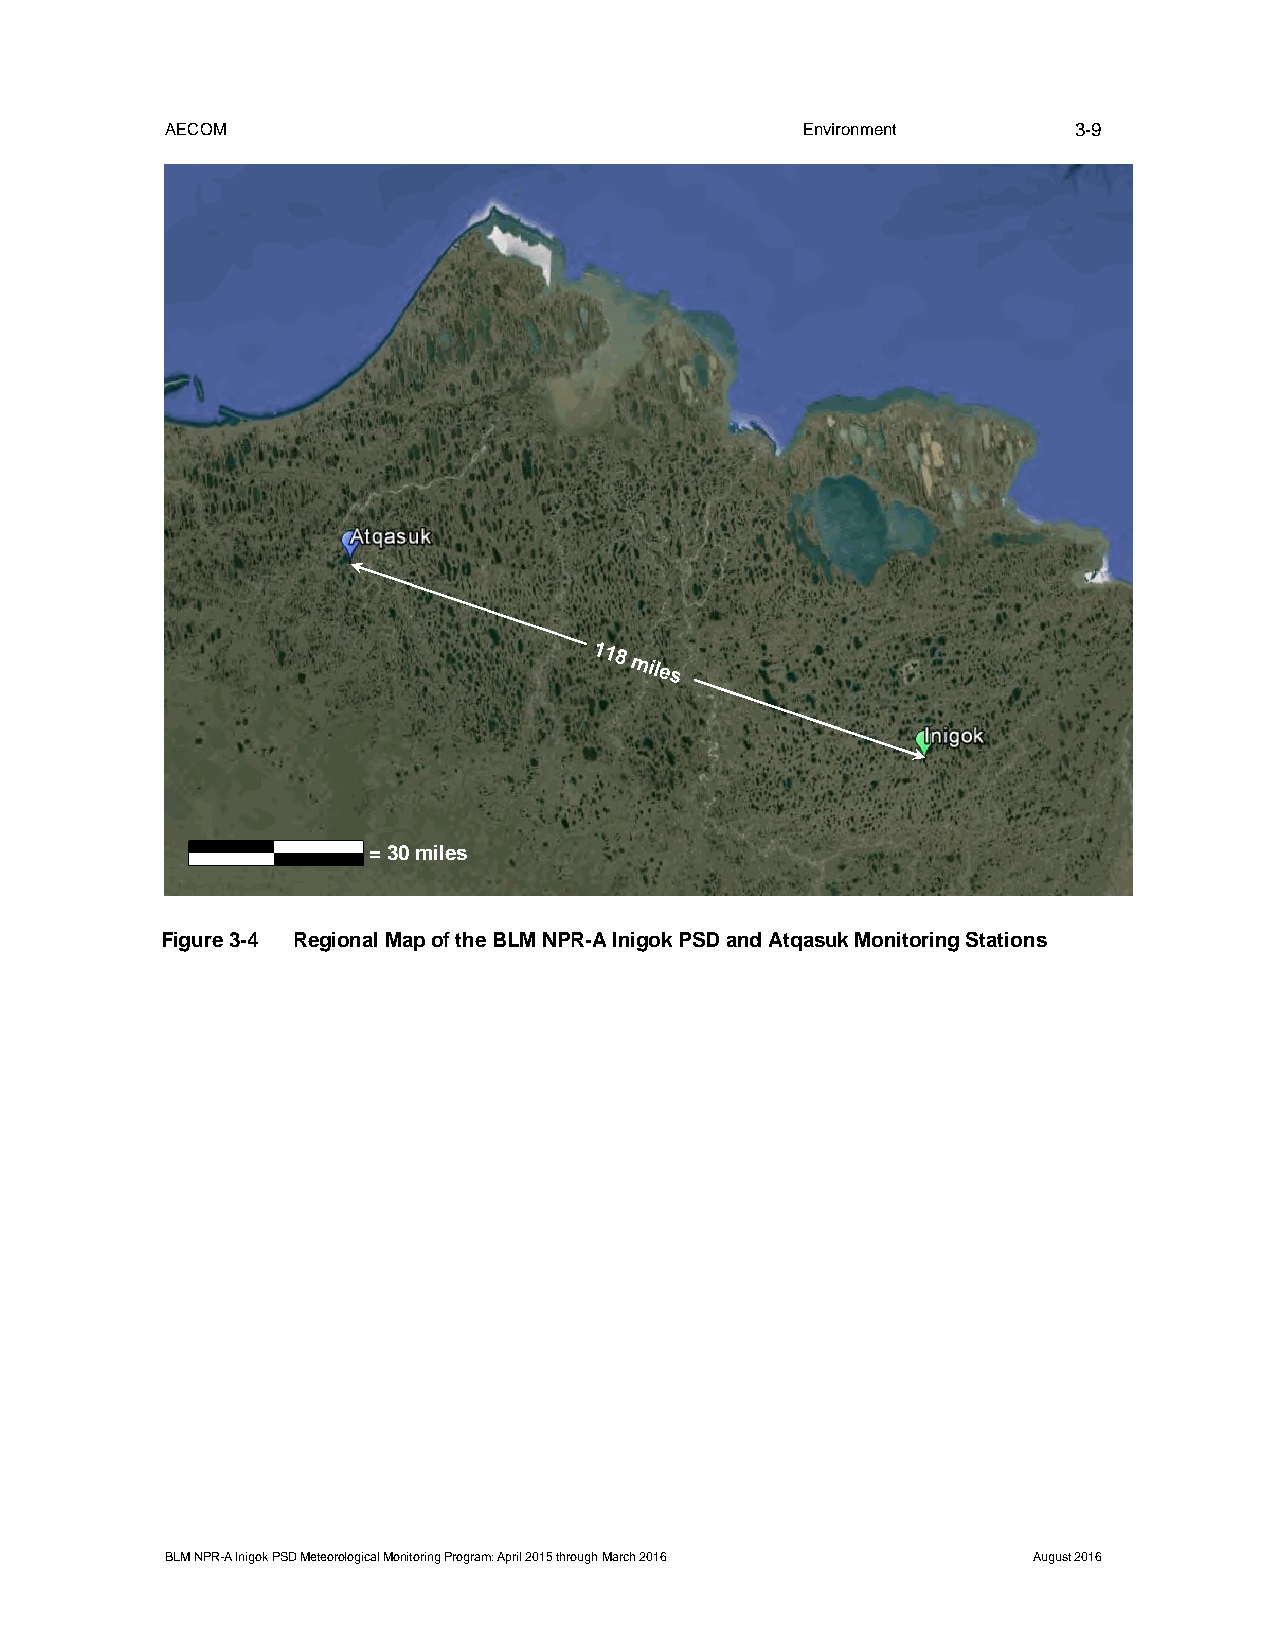
AECOM                                     Environment       3-9
 = 30 miles
 Figure 3-4 Regional Map of the BLM NPR-A Inigok PSD and Atqasuk Monitoring Stations
 BLM NPR-A Inigok PSD Meteorological Monitoring Program: April 2015 through March 2016 August 2016